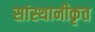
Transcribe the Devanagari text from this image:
सांस्थानीकृत